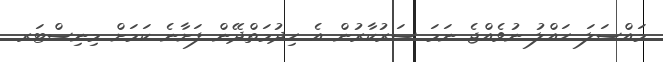
މައްސަލަ ހައްލު ނުވެއްޖެ ނަމަ ސަރުކާރުން އެ ހިދުމަތްދޭން ފަށާނެ ކަމަށް މިނިސްޓަރ